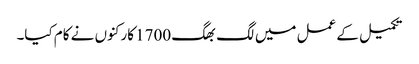
تکمیل کے عمل میں لگ بھگ 1700 کارکنوں نے کام کیا۔